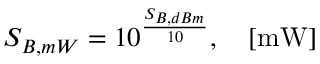
\centering S _ { B , m W } = 1 0 ^ { \frac { S _ { B , d B m } } { 1 0 } } , \quad [ \mathrm { m W } ]